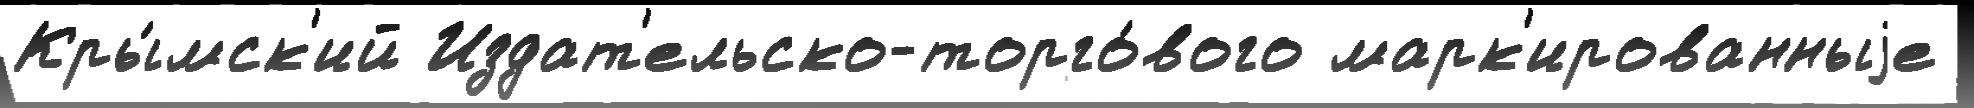
Кры́мск'ий Издат'ельско-торго́вого марк'ированныjе